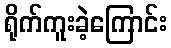
ရိုက်ကူးခဲ့ကြောင်း